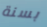
بسنة